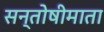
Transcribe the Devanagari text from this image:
सन्तोषीमाता